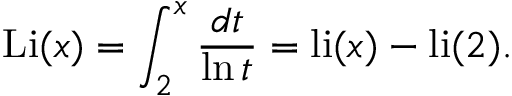
\operatorname { L i } ( x ) = \int _ { 2 } ^ { x } { \frac { d t } { \ln t } } = \operatorname { l i } ( x ) - \operatorname { l i } ( 2 ) .